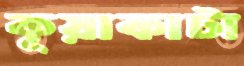
কূয়াকাটা